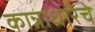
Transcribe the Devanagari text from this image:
कान्नाधारेचे